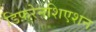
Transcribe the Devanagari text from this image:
डिफ़रेनशिएशन